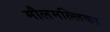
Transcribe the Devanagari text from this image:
मौलमल्लिका